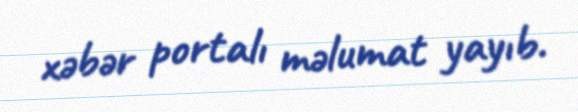
xəbər portalı məlumat yayıb.